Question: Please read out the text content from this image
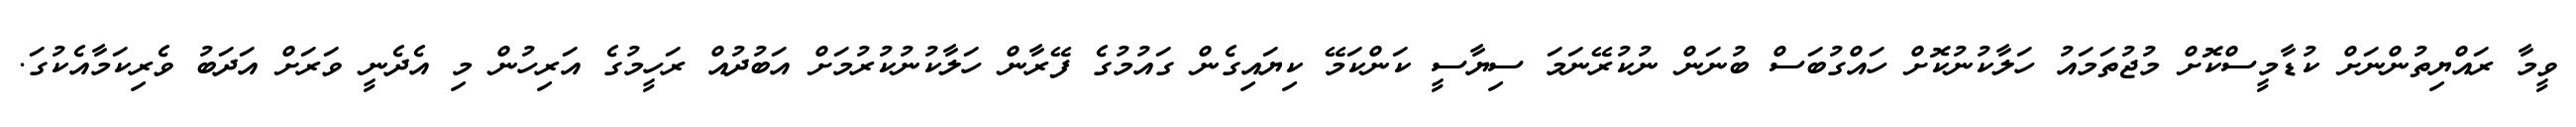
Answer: ވީމާ ރައްޔިތުންނަށް ކުޑާމީސްކޮށް މުޖުތަމައު ހަލާކުނުކޮށް ހައްގުބަސް ބުނަން ނުކުރޭނަމަ ސިޔާސީ ކަންކަމޭ ކިޔައިގެން ގައުމުގެ ފޭރާން ހަލާކުނުކުރުމަށް އަބުދުއް ރަހީމުގެ އަރިހުން މި އެދެނީ ވަރަށް އަދަބު ވެރިކަމާއެކުގަ.